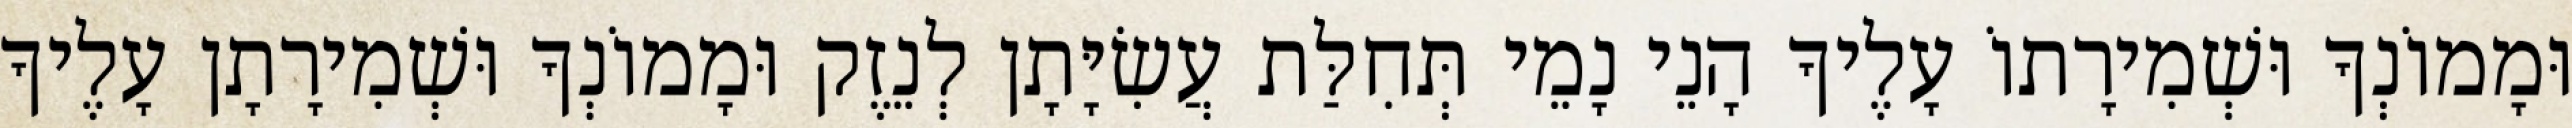
וּמָמוֹנְךָ וּשְׁמִירָתוֹ עָלֶיךָ הָנֵי נָמֵי תְּחִלַּת עֲשִׂיָּתָן לְנֵזֶק וּמָמוֹנְךָ וּשְׁמִירָתָן עָלֶיךָ